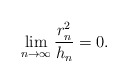
\begin{align*}\lim_{n\to \infty} \frac{r_n^2}{h_n} = 0 . \end{align*}